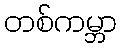
တစ်ကမ္ဘာ